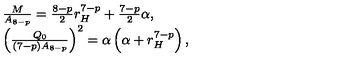
\begin{array} { l } { \frac { M } { A _ { 8 - p } } = \frac { 8 - p } { 2 } r _ { H } ^ { 7 - p } + \frac { 7 - p } { 2 } \alpha , } \\ { \left( \frac { Q _ { 0 } } { ( 7 - p ) A _ { 8 - p } } \right) ^ { 2 } = \alpha \left( \alpha + r _ { H } ^ { 7 - p } \right) , } \\ \end{array}